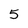
Character: 5